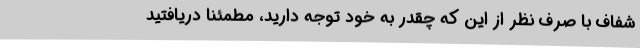
شفاف با صرف نظر از این که چقدر به خود توجه دارید، مطمئنا دریافتید